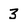
Character: 3